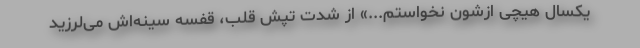
یکسال هیچی ازشون نخواستم...» از شدت تپش قلب، قفسه سینه‌اش می‌لرزید